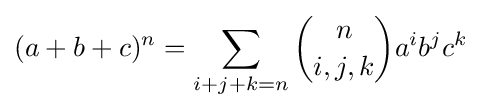
(a+b+c)^{n}=\sum _{i+j+k=n}{\binom {n}{i,j,k}}a^{i}b^{j}c^{k}